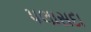
પલાસદા